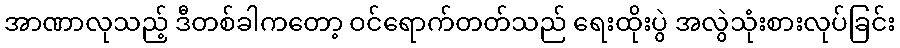
အာဏာလုသည့် ဒီတစ်ခါကတော့ ဝင်ရောက်တတ်သည် ရေးထိုးပွဲ အလွဲသုံးစားလုပ်ခြင်း